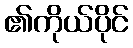
၏ကိုယ်ပိုင်